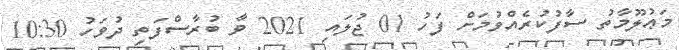
މަޢުލޫމާތު ސާފުކުރެއްވުމަށް ފަހު 01 ޖުލައި 2021 ވާ ބުރާސްފަތި ދުވަހު 10:30